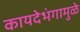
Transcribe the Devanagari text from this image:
कायदेभंगामुळे